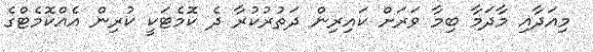
މިއަދާއި މާދަމާ ބިމާ ވަރަށް ކައިރިން ދަތުރުކުރާ ދެ ކޮމެޓަކީ ކުރިން އެއްކޮމެޓްގެ